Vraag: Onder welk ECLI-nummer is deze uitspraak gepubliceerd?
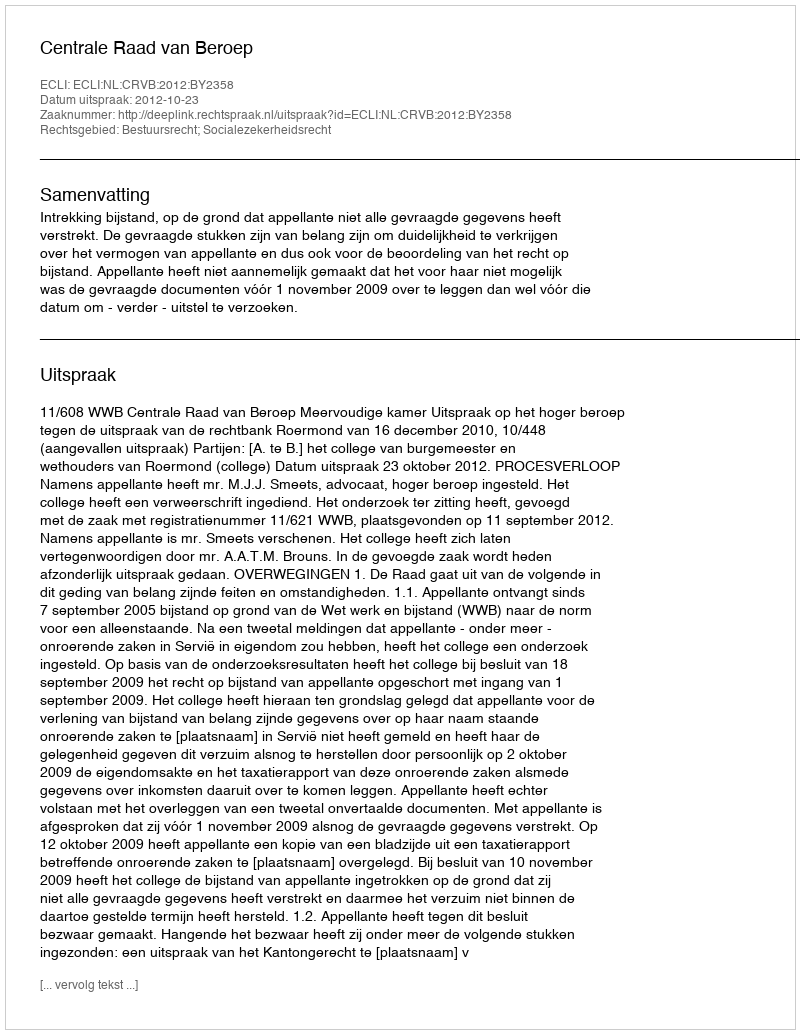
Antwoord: ECLI:NL:CRVB:2012:BY2358